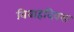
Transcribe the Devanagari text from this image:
विवाहदिवस